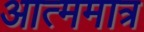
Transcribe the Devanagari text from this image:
आत्ममात्र